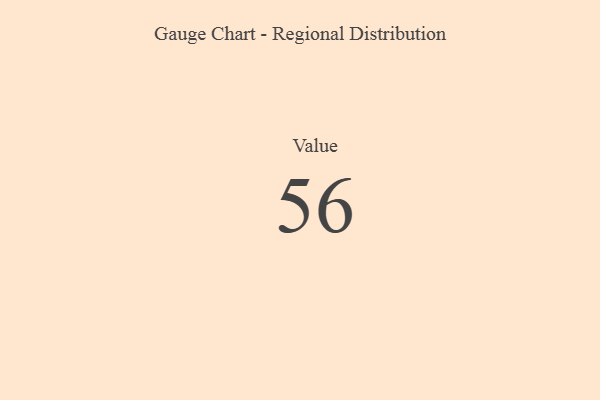
{"axis": {"x": "Metric", "y": "Value"}, "legend": [""], "data": [{"x": "Value", "y": 56, "type": ""}]}